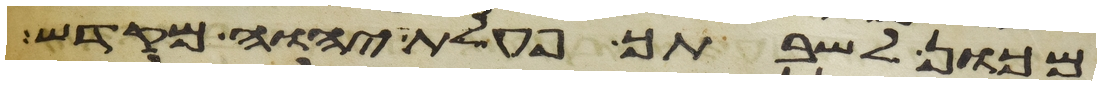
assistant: מכון לשבתך פעלת יהוה מקדש